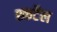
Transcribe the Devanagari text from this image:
श्कर्टेल